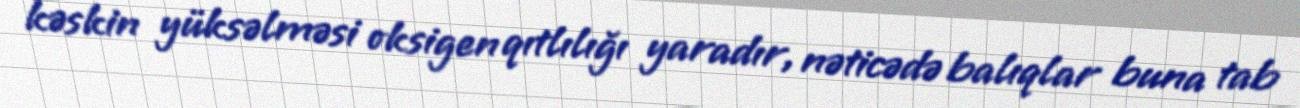
kəskin yüksəlməsi oksigen qıtlılığı yaradır, nəticədə balıqlar buna tab